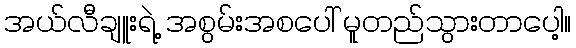
အယ်လီချူးရဲ့ အစွမ်းအစပေါ် မူတည်သွားတာပေါ့။